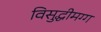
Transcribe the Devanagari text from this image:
विसुद्धीमग्ग